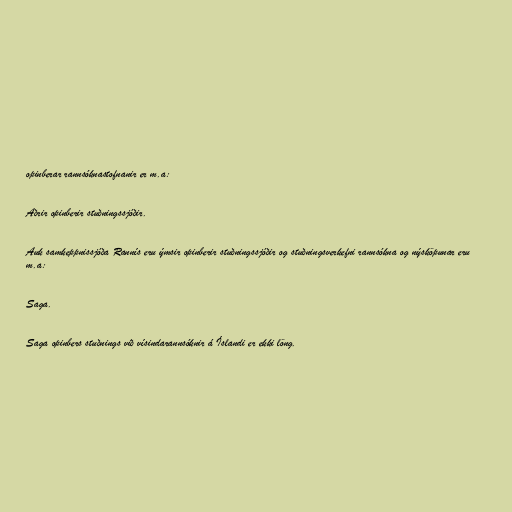
opinberar rannsóknastofnanir er m.a:

Aðrir opinberir stuðningssjóðir.

Auk samkeppnissjóða Rannís eru ýmsir opinberir stuðningssjóðir og stuðningsverkefni rannsókna og nýsköpunar eru
m.a:

Saga.

Saga opinbers stuðnings við vísindarannsóknir á Íslandi er ekki löng.